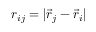
r _ { i j } = | \vec { r } _ { j } - \vec { r } _ { i } |